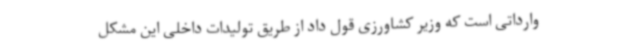
وارداتی است که وزیر کشاورزی قول داد از طریق تولیدات داخلی این مشکل